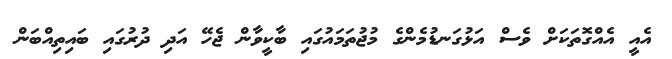
އެއީ އެއްގޮތަކަށް ވެސް އަޅުގަނޑުމެންގެ މުޖުތަމައުގައި ބާކީވާން ޖެހޭ އަދި ދުރުގައި ބައިތިއްބަން